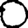
Digit: 0